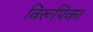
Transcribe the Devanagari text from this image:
विरूपिका